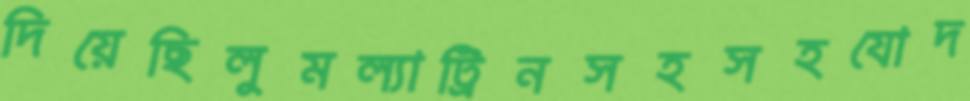
দিয়েছিলুমল্যাট্রিনসহসহযোদ